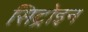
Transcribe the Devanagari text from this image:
सिट्रोइन